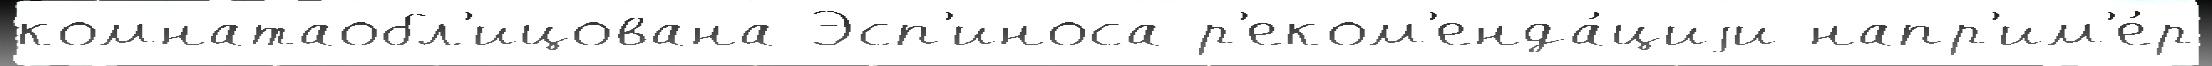
комнатаобл'ицована Эсп'иноса р'еком'енда́циjи напр'им'е́р